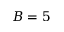
B = 5